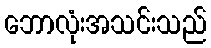
ဘောလုံးအသင်းသည်